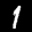
Label: 1